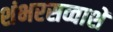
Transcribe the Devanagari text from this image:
शंभरसव्वाशें